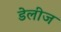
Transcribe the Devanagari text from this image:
डेलीज